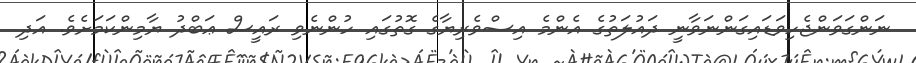
ނަންގަވަންޖެހިވަޑައިގަންނަވާނީ ދައުލަތުގެ އެންމެ އިސްވެރިޔާގެ ގޮތުގައި ހުންނެވި ރައީސް ޢަބްދު ޔާމިންކަމަށެވެ. އަދި